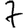
Digit: 7